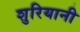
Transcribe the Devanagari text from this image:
शुरियानी